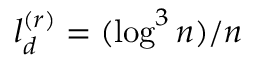
l _ { d } ^ { ( r ) } = ( \log ^ { 3 } n ) / n